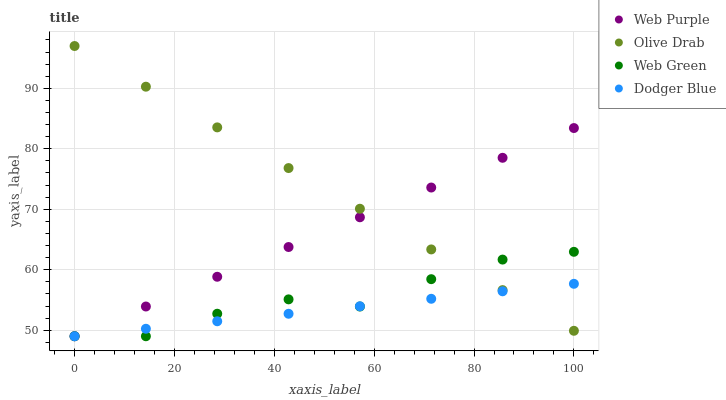
| xaxis_label | Web Purple | Olive Drab | Web Green | Dodger Blue |
 | --- | --- | --- | --- | --- |
 | 0 | 49 | 97 | 49 | 49 |
 | 14.3 | 53.9 | 90.3 | 49 | 50.2 |
 | 28.6 | 58.8 | 83.5 | 52.7 | 51.5 |
 | 42.9 | 63.8 | 76.8 | 55.1 | 52.7 |
 | 57.1 | 68.7 | 70.1 | 53.9 | 54 |
 | 71.4 | 73.6 | 63.4 | 58.4 | 55.2 |
 | 85.7 | 78.5 | 56.6 | 61.7 | 56.4 |
 | 100 | 83.4 | 49.9 | 63 | 57.7 |